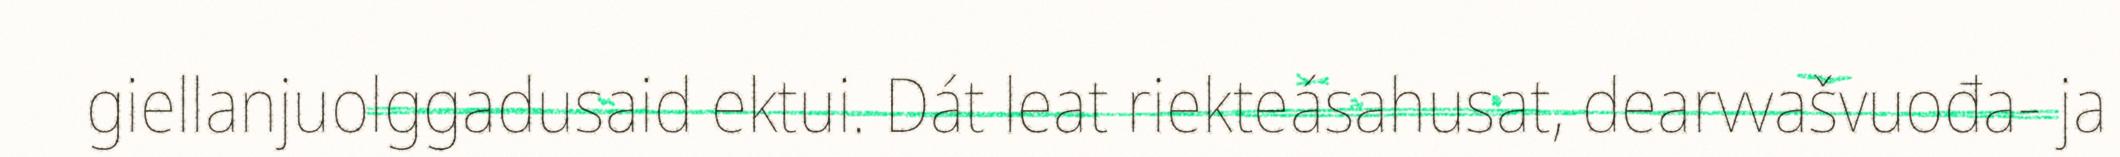
giellanjuolggadusaid ektui. Dát leat riekteásahusat, dearvvašvuođa- ja